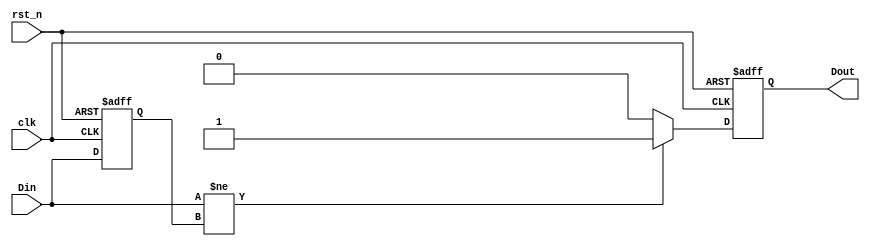
module DifferentialEdgeDetector (
    input wire clk,        // Clock signal
    input wire rst_n,     // Active low reset signal
    input wire Din,       // Input signal to monitor
    output reg Dout       // Output signal indicating edge detection
);

    reg previous_state;   // Memory block to store the previous state of Din

    // Initialization and edge detection logic
    always @(posedge clk or negedge rst_n) begin
        if (!rst_n) begin
            // Reset condition
            previous_state <= 1'b0; // Initialize memory block to low
            Dout <= 1'b0;            // Initialize output to low
        end else begin
            // Edge detection logic
            if (Din != previous_state) begin
                Dout <= 1'b1; // Edge detected
            end else begin
                Dout <= 1'b0; // No edge detected
            end
            
            // Update memory block with current state
            previous_state <= Din;
        end
    end

endmodule